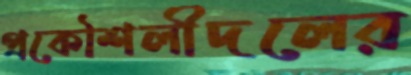
প্রকৌশলীদলের